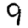
Digit: 9